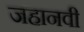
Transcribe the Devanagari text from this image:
जहानवी